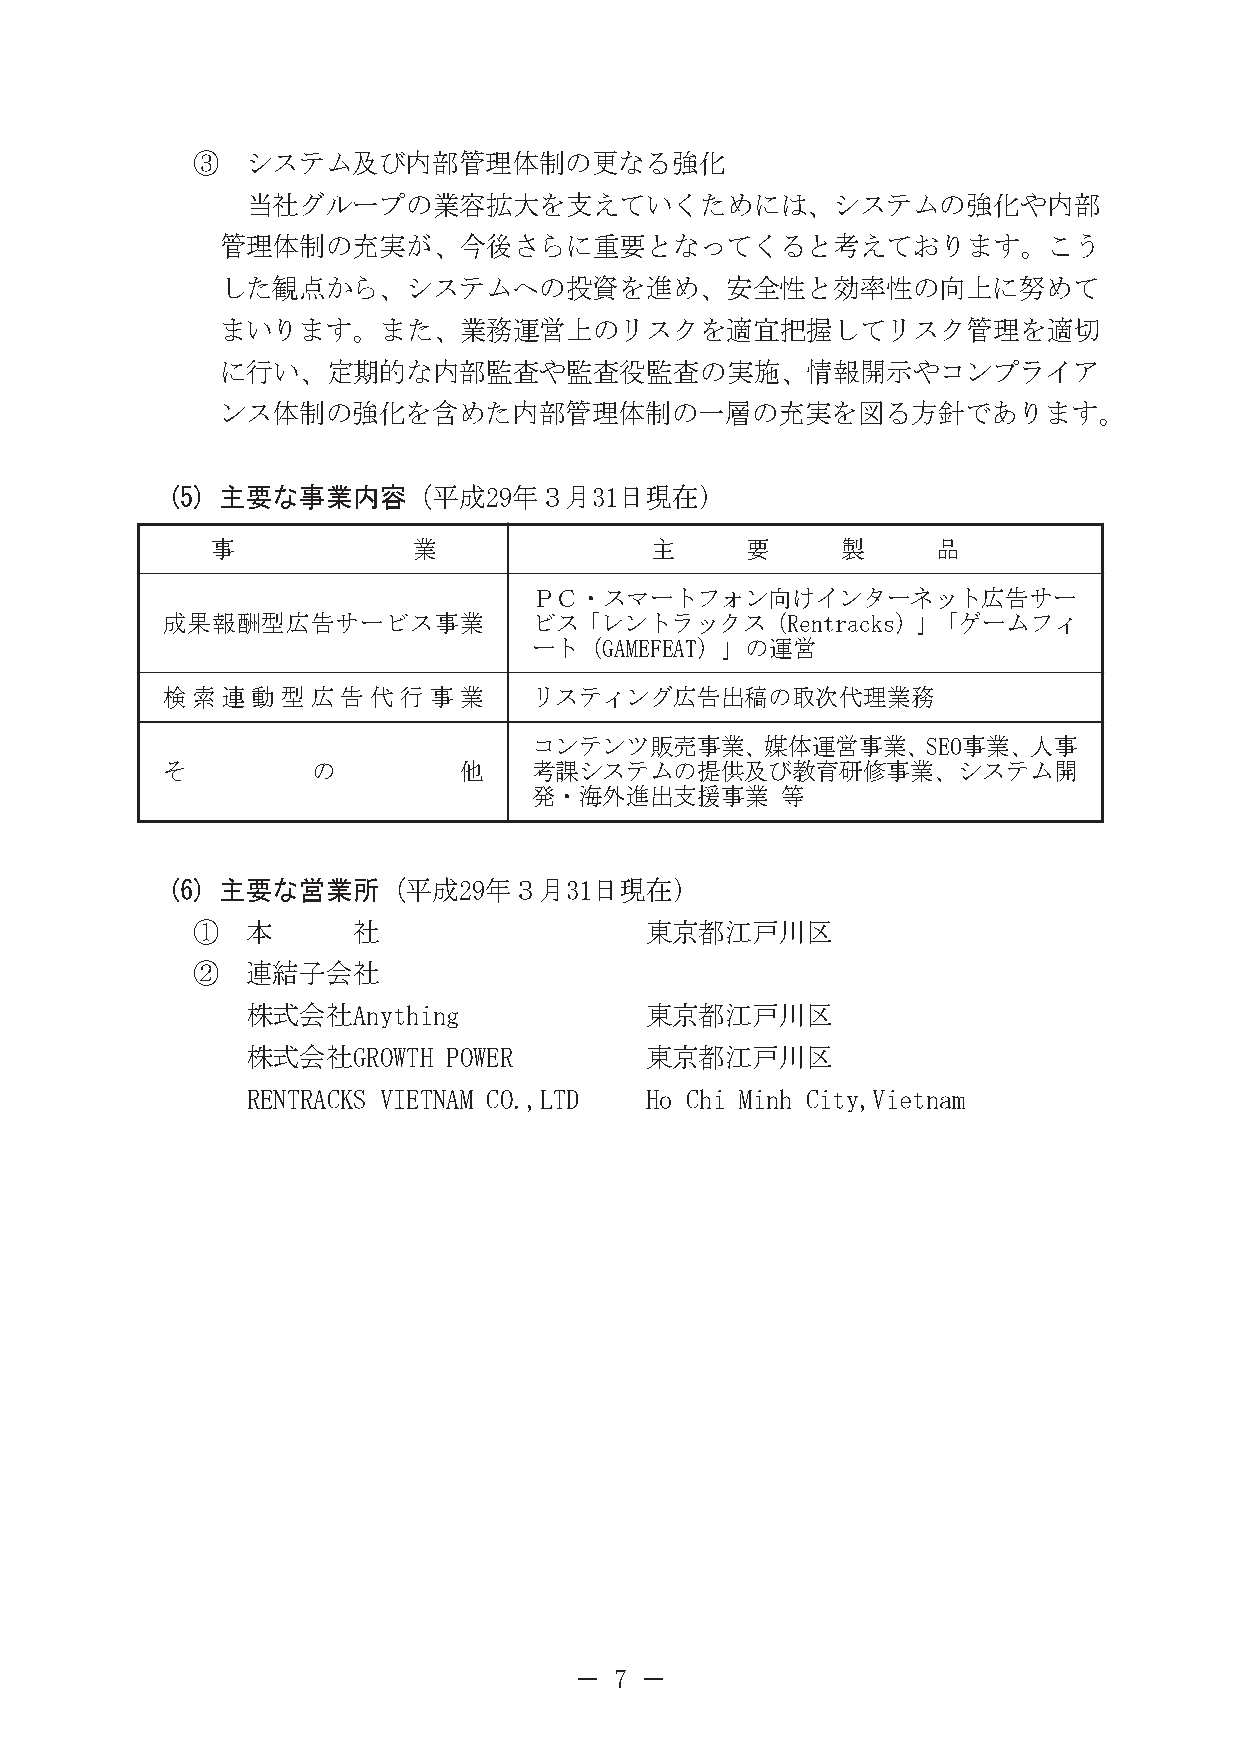
③  システム及び内部管理体制の更なる強化
 当社グループの業容拡大を支えていくためには、システムの強化や内部
 管理体制の充実が、今後さらに重要となってくると考えております。こう
 した観点から、システムへの投資を進め、安全性と効率性の向上に努めて
 まいります。また、業務運営上のリスクを適宜把握してリスク管理を適切
 に行い、定期的な内部監査や監査役監査の実施、情報開示やコンプライア
 ンス体制の強化を含めた内部管理体制の一層の充実を図る方針であります。
 (5) 主要な事業内容（平成29年３月31日現在）
 事            業               主     要      製     品
 ＰＣ・スマートフォン向けインターネット広告サー
 成果報酬型広告サービス事業           ビス「レントラックス（Rentracks）」「ゲームフィ
 ート（GAMEFEAT）」の運営
 検索連動型広告代行事業             リスティング広告出稿の取次代理業務
 コンテンツ販売事業、媒体運営事業、SEO事業、人事
 そ         の        他    考課システムの提供及び教育研修事業、システム開
 発・海外進出支援事業       等
 (6) 主要な営業所（平成29年３月31日現在）
 ①  本      社                   東京都江戸川区
 ②  連結子会社
 株式会社Anything               東京都江戸川区
 株式会社GROWTH    POWER        東京都江戸川区
 RENTRACKS VIETNAM CO.,LTD  Ho Chi Minh City,Vietnam
 －  7 －